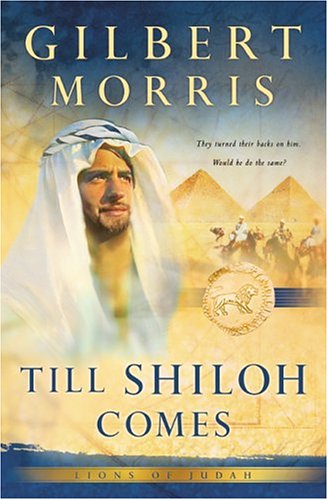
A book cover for Till Shiloh Comes (Lions of Judah Series #4); Gilbert Morris; Christian Books & Bibles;